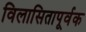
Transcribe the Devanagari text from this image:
विलासितापूर्वक